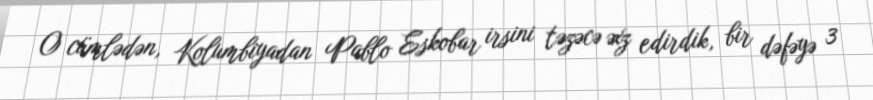
O cümlədən, Kolumbiyadan Pablo Eskobar irsini təzəcə əxz edirdik, bir dəfəyə 3